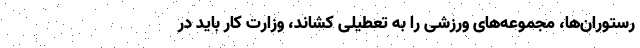
رستوران‌ها، مجموعه‌های ورزشی را به تعطیلی کشاند، وزارت کار باید در